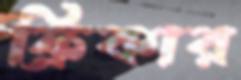
ফ্রিকার